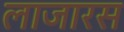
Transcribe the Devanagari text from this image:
लाजारस